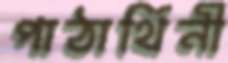
পাঠার্থিনী